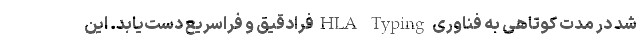
شد در مدت كوتاهی به فناوری HLA Typingفرادقیق و فراسریع دست‌یابد. این